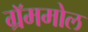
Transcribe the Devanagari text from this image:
ग्रॅममोल